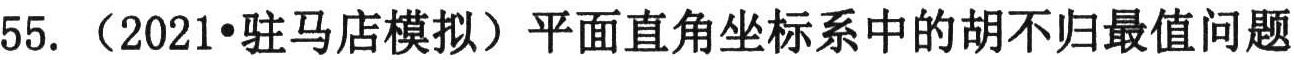
55. （2021•驻马店模拟）平面直角坐标系中的胡不归最值问题